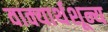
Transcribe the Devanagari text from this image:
वाक्यार्थशून्य